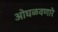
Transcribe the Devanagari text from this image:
ओघळवणारे